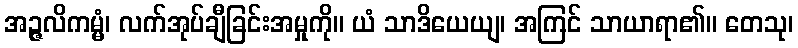
အဉ္ဇလိကမ္မံ၊ လက်အုပ်ချီခြင်းအမှုကို။ ယံ သာဒိယေယျ၊ အကြင် သာယာရာ၏။ တေသု၊